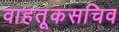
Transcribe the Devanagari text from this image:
वाहतूकसचिव